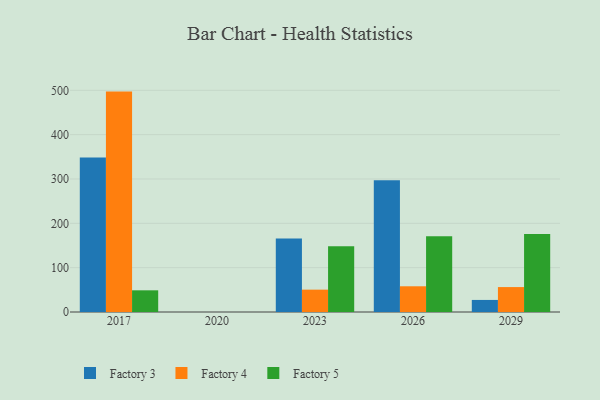
{"axis": {"x": "Year", "y": "Temperature (°C)"}, "legend": ["Factory 3", "Factory 4", "Factory 5"], "data": [{"x": "2026", "y": 297.4, "type": "Factory 3"}, {"x": "2026", "y": 58.0, "type": "Factory 4"}, {"x": "2026", "y": 171.0, "type": "Factory 5"}, {"x": "2023", "y": 165.7, "type": "Factory 3"}, {"x": "2023", "y": 50.4, "type": "Factory 4"}, {"x": "2023", "y": 148.1, "type": "Factory 5"}, {"x": "2029", "y": 27.2, "type": "Factory 3"}, {"x": "2029", "y": 56.2, "type": "Factory 4"}, {"x": "2029", "y": 175.9, "type": "Factory 5"}, {"x": "2017", "y": 348.2, "type": "Factory 3"}, {"x": "2017", "y": 497.1, "type": "Factory 4"}, {"x": "2017", "y": 48.9, "type": "Factory 5"}]}